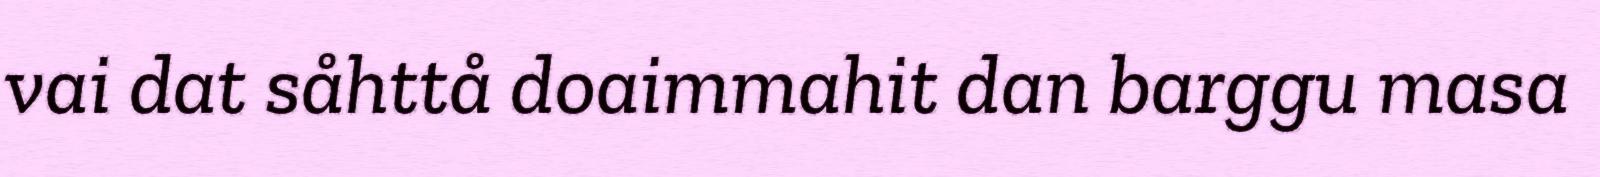
vai dat såhttå doaimmahit dan barggu masa